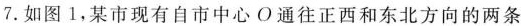
7.如图1，某市现有自市中心O通往正西和东北方向的两条